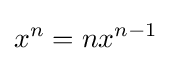
x^{n}=nx^{n-1}